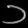
Digit: ၁